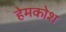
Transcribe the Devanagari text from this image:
हेमकोश